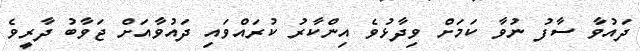
ދައުވާ ސާފު ނުވާ ކަމަށް ވިދާޅުވެ އިންކާރު ކުރައްވައި ދައުވާއަށް ޖަވާބު ދާރީވެ